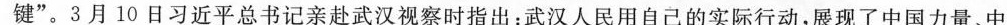
键”。3月10日习近平总书记亲赴武汉视察时指出：武汉人民用自己的实际行动，展现了中